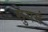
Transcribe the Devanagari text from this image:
सुगमं